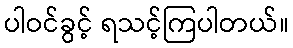
ပါဝင်ခွင့် ရသင့်ကြပါတယ်။